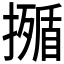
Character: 𭢣